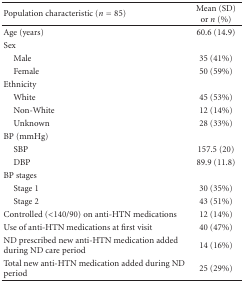
| Population characteristic (n = 85) | Mean (SD) or n (%) |
 | --- | --- |
 | Age (years) | 60.6 (14.9) |
 | Sex |  |
 | Male | 35 (41%) |
 | Female | 50 (59%) |
 | Ethnicity |  |
 | White | 45 (53%) |
 | Non-White | 12 (14%) |
 | Unknown | 28 (33%) |
 | BP (mmHg) |  |
 | SBP | 157.5 (20) |
 | DBP | 89.9 (11.8) |
 | BP stages |  |
 | Stage 1 | 30 (35%) |
 | Stage 2 | 43 (51%) |
 | Controlled (<140/90) on anti-HTN medications | 12 (14%) |
 | Use of anti-HTN medications at first visit | 40 (47%) |
 | ND prescribed new anti-HTN medication added during ND care period | 14 (16%) |
 | Total new anti-HTN medication added during ND period | 25 (29%) |